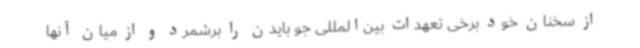
از سخنان خود برخی تعهدات بین‌المللی جو بایدن را برشمرد و از میان آنها